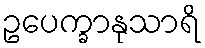
ဥပေက္ခာနုသာရိ